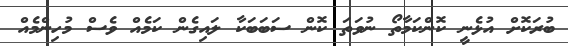
ބުރަކޮށް އުޅެނީ ކޮންކަމާތޯ ނުވަތަ ކޮން ސަބަބަކާ ލައިގެން ކަމެއް ވެސް މުހިންމެއް